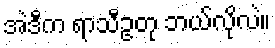
အဲဒီက ရာသီဥတု ဘယ်လိုလဲ။